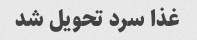
غذا سرد تحویل شد